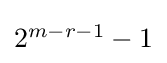
{\textstyle 2^{m-r-1}-1}